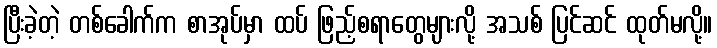
ပြီးခဲ့တဲ့ တစ်ခေါက်က စာအုပ်မှာ ထပ် ဖြည့်စရာတွေများလို့ အသစ် ပြင်ဆင် ထုတ်မလို့။